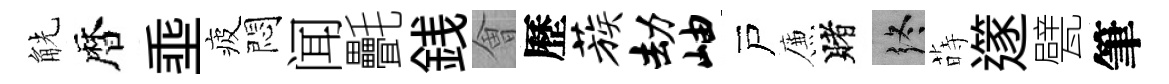
觥暦埀疲悶闻㲲銭㑹歷蔟劫岫戸簾賭终蒔𨗹甓筆